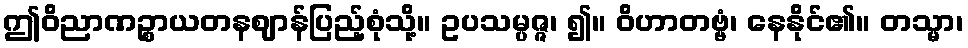
ဤဝိညာဏဉ္စာယတနဈာန်ပြည့်စုံသို့။ ဥပသမ္ပဇ္ဇ၊ ၍။ ဝိဟာတဗ္ဗံ၊ နေနိုင်၏။ တသ္မာ၊